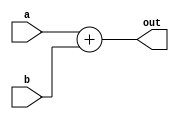
module adder(a,b,out);
	parameter size = 64;
	input [size - 1:0] a;
	input [size - 1:0] b;
	output [size - 1:0] out;

	assign out = a+b ;
endmodule